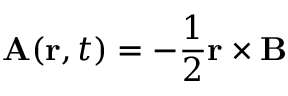
{ \mathbf { A } } ( \mathbf { r } , t ) = - { \frac { 1 } { 2 } } \mathbf { r } \times \mathbf { B }